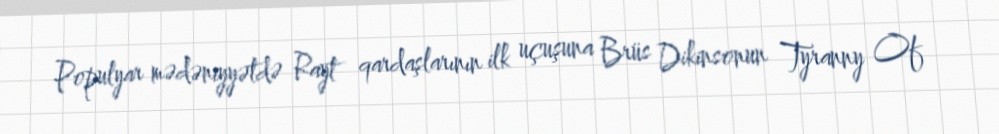
Populyar mədəniyyətdə Rayt qardaşlarının ilk uçuşuna Brüs Dikinsonun Tyranny Of